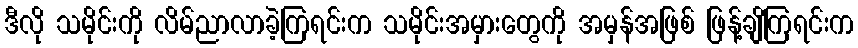
ဒီလို သမိုင်းကို လိမ်ညာလာခဲ့ကြရင်းက သမိုင်းအမှားတွေကို အမှန်အဖြစ် ဖြန့်ချိကြရင်းက